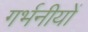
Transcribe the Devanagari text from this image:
गर्भनीयों